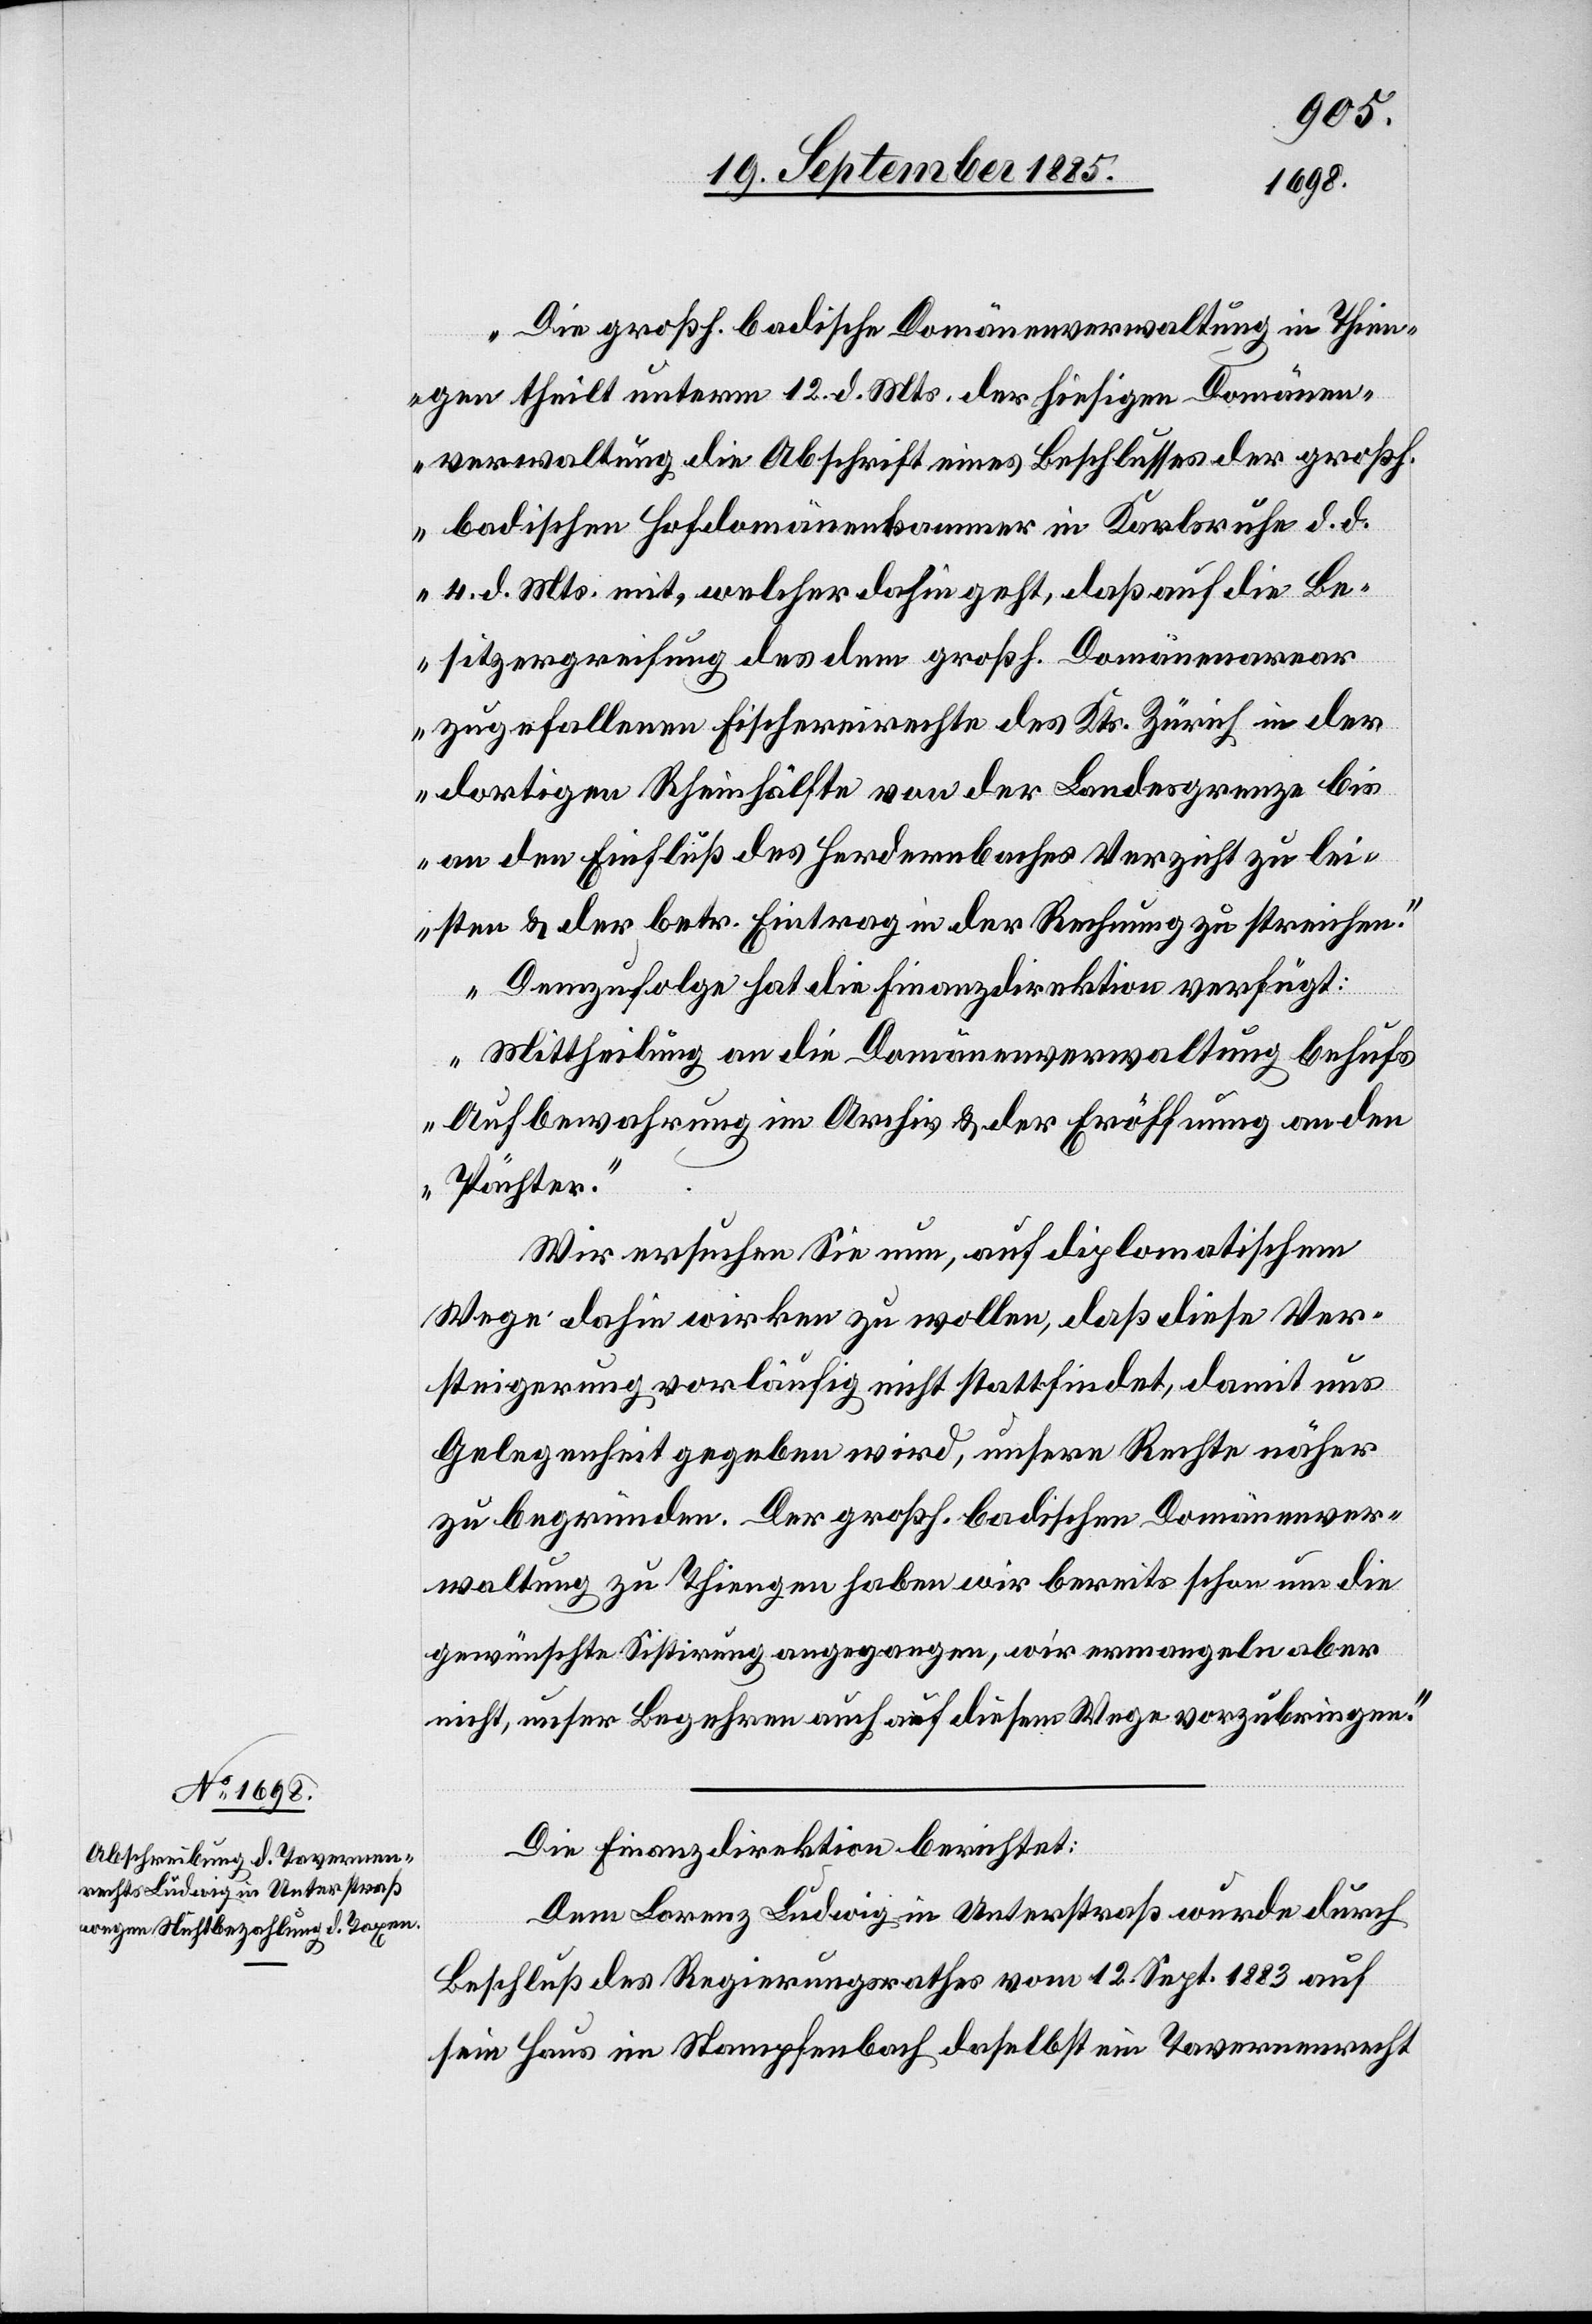
„Die großh. badische Domänenverwaltung in Thien¬
gen theilt unterm 12. d. Mts. der hiesigen Domänen¬
verwaltung die Abschrift eines Beschlusses der großh.
badischen Hofdomänenkammer in Karlsruhe d. d.
4. d. Mts mit, welcher dahin geht, daß auf die Be¬
sitzergreifung des dem großh. Domänenarear
zugefallenen Fischereirechte des Kts. Zürich in der
dortigen Rheinhälfte von der Landesgrenze bis
an den Einfluß des Herdernbaches Verzicht zu lei¬
sten & der betr. Eintrag in der Rechnung zu streichen.
Demzufolge hat die Finanzdirektion verfügt:
Mittheilung an die Domänenverwaltung behufs
Aufbewahrung im Archiv & der Eröffnung an den
Pächter.“
Wir ersuchen Sie nun, auf diplomatischem
Wege dahin wirken zu wollen, daß diese Ver¬
steigerung vorläufig nicht stattfindet, damit uns
Gelegenheit gegeben wird, unsere Rechte näher
zu begründen. Der großh. badischen Domänenver¬
waltung zu Thiengen haben wir bereits schon um die
gewünschte Sistirung angegangen [sic!], wir ermangeln aber
nicht, unser Begehren auch auf diesem Wege vorzubringen.“
Die Finanzdirektion berichtet:
Dem Lorenz Ludwig in Unterstraß wurde durch
Beschluß des Regierungsrathes vom 12. Sept. 1883 auf
sein Haus im Stampfenbach daselbst ein Tavernenrecht